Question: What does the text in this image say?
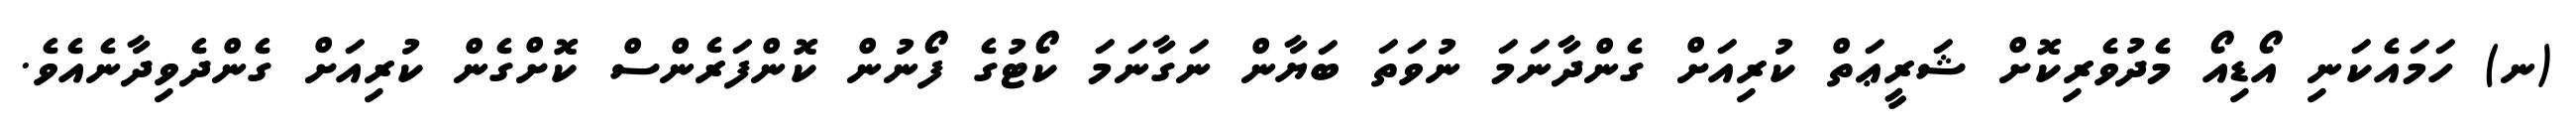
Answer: (ނ) ހަމައެކަނި އޯޑިއޯ މެދުވެރިކޮށް ޝަރީޢަތް ކުރިއަށް ގެންދާނަމަ ނުވަތަ ބަޔާން ނަގާނަމަ ކޯޓުގެ ފޯނުން ކޮންފަރެންސް ކޮށްގެން ކުރިއަށް ގެންދެވިދާނެއެވެ.